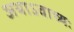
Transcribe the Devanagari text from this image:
अथाऽवाच्यः